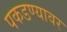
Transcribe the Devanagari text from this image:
पकडण्यावर